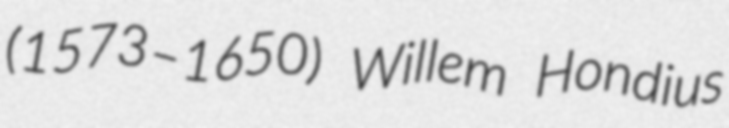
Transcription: (1573–1650) Willem Hondius